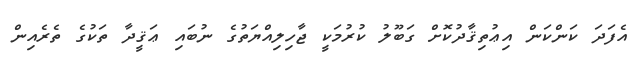
އެފަދަ ކަންކަން އިޢުތިޤާދުކޮށް ގަބޫލު ކުރުމަކީ ޖާހިލިއްޔަތުގެ ނުބައި ޢަޤީދާ ތަކުގެ ތެރެއިން